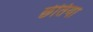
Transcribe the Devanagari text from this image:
छेतिया